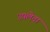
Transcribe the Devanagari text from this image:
उपलेटा